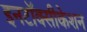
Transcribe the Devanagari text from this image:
इनटॉक्सीकेशन